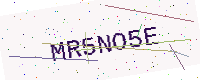
Text: MR5NO5E